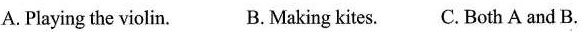
A.Playing the violin. B. Making kites. C. Both A and B.